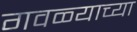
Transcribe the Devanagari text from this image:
गवळ्याच्या